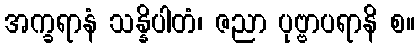
အက္ခရာနံ သန္နိပါတံ၊ ဇညာ ပုဗ္ဗာပရာနိ စ။